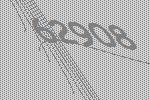
62908